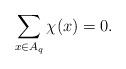
LaTeX: \begin{align*}\sum_{x\in A_q} \chi(x)=0.\end{align*}